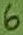
Text: 6